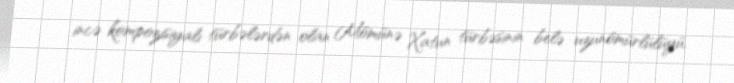
incə kompozisiyalı türbələrdən olan Mömünə Xatun türbəsinin belə uzunömürlülüyü,